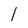
Character: l